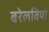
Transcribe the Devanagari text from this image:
बरेलवियो